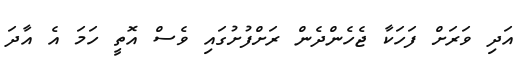
އަދި ވަރަށް ފަހަކާ ޖެހެންދެން ރަށްފުށުގައި ވެސް އޮތީ ހަމަ އެ އާދަ